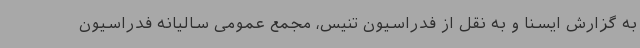
به گزارش ایسنا و به نقل از فدراسیون تنیس، مجمع عمومی سالیانه فدراسیون